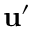
\mathbf { u } ^ { \prime }